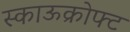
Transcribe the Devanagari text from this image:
स्काऊक्रोफ्ट